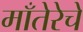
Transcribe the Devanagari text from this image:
माँतेरेचे